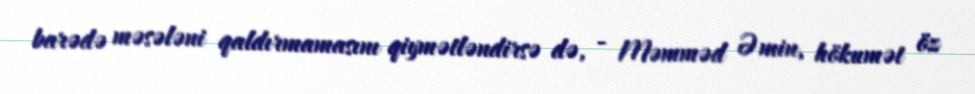
barədə məsələni qaldırmamasını qiymətləndirsə də, - Məmməd Əmin, hökumət öz